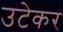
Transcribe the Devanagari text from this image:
उटेकर